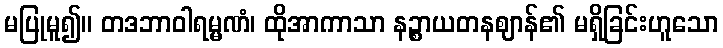
မပြုမူ၍။ တဒဘာဝါရမ္မဏံ၊ ထိုအာကာသာ နဉ္စာယတနဈာန်၏ မရှိခြင်းဟူသော